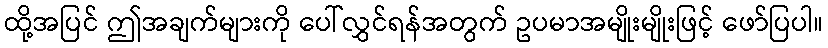
ထို့အပြင် ဤအချက်များကို ပေါ်လွှင်ရန်အတွက် ဥပမာအမျိုးမျိုးဖြင့် ဖော်ပြပါ။